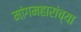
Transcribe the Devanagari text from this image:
मांगमहारांच्या